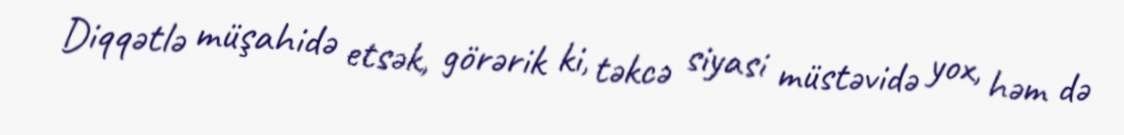
Diqqətlə müşahidə etsək, görərik ki, təkcə siyasi müstəvidə yox, həm də